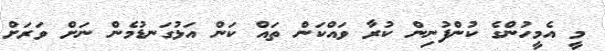
މީ އެމީހުންގެ ކުންފުނިން ކުރާ ވައްކަން ތައް ކަން އަޅުގަނޑުމެން ނަށް ވަރަށް